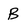
Character: B